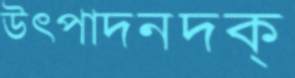
উত্পাদনদক্